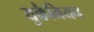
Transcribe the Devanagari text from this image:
युक्रैनियन